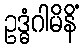
ဥဒ္ဓံဂါမိနိံ